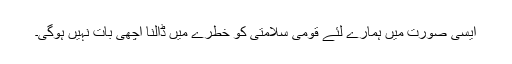
ایسى صورت میں ہمارے لئے قومى سلامتى کو خطرے میں ڈالنا اچھى بات نہیں ہوگى۔